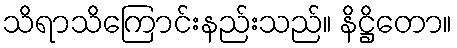
သိရာသိကြောင်းနည်းသည်။ နိဋ္ဌိတော။